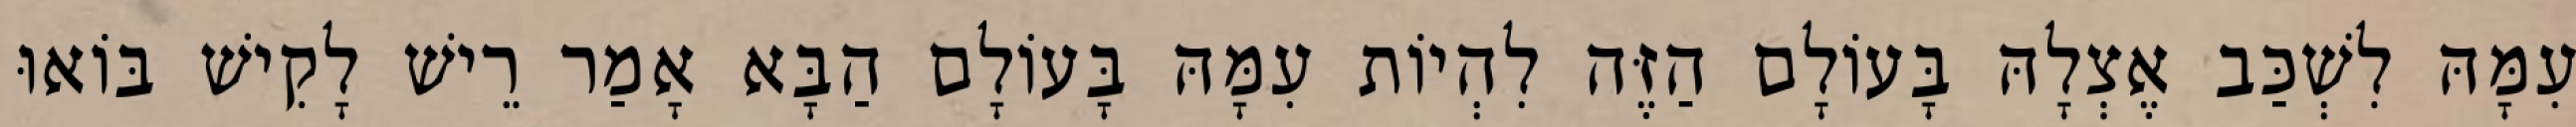
עִמָּהּ לִשְׁכַּב אֶצְלָהּ בָּעוֹלָם הַזֶּה לִהְיוֹת עִמָּהּ בָּעוֹלָם הַבָּא אָמַר רֵישׁ לָקִישׁ בּוֹאוּ